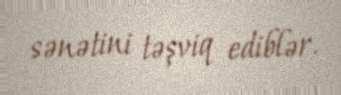
sənətini təşviq ediblər.